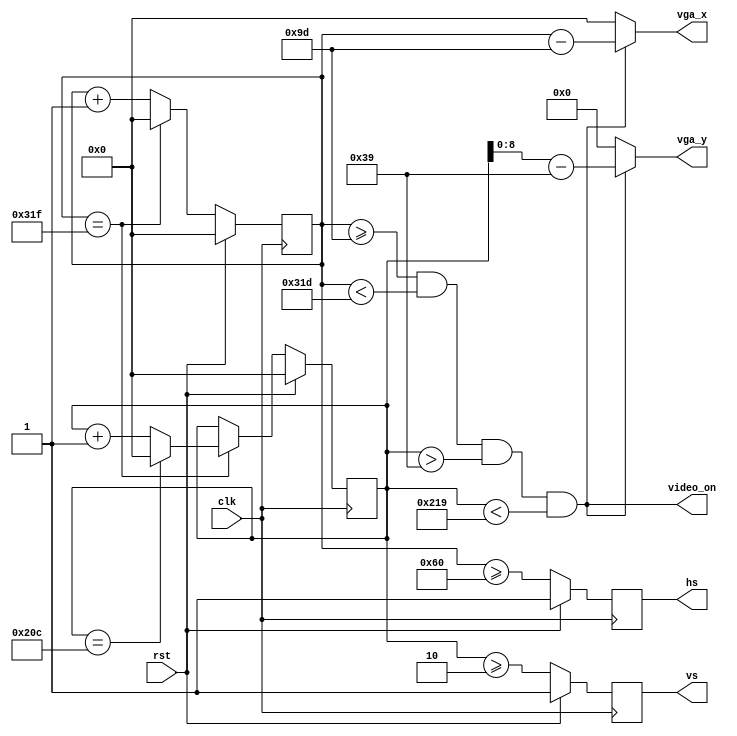
module VgaController(
    input wire clk,
    input wire rst,
    output wire [9:0] vga_x,
    output wire [8:0] vga_y,
    output reg hs,
    output reg vs,
    output wire video_on
);
    
    reg [9:0] h_count;
    reg [9:0] v_count;

    initial begin
        h_count <= 10'b0;
        v_count <= 10'b0;
    end

    always @(posedge clk) begin
        if (rst) begin
            h_count <= 10'b0;
        end else if (h_count == 10'd799) begin
            h_count <= 10'b0;
        end else begin
            h_count <= h_count + 1;
        end
    end
    always @(posedge clk) begin
        if (rst) begin
            v_count <= 10'b0;
        end else if (h_count == 10'd799) begin
            if (v_count == 10'd524) begin
                v_count <= 10'b0;
            end else begin
                v_count <= v_count + 1;
            end
        end
    end

    localparam HS_1 = 96;
    localparam VS_1 = 2;
    localparam HS_2 = 157;
    localparam VS_2 = 57;
    localparam WIDTH = 640;
    localparam HEIGHT = 480;

    wire h_sync, v_sync;
    assign h_sync = (h_count >= HS_1);
    assign v_sync = (v_count >= VS_1);
    assign video_on = (h_count >= HS_2)
                   && (h_count < HS_2 + WIDTH)
                   && (v_count > VS_2)
                   && (v_count < VS_2 + HEIGHT);

    assign vga_x = video_on ? h_count - HS_2 : 10'd0;
    assign vga_y = video_on ? v_count - VS_2 : 9'd0;
    
    always @(posedge clk) begin
        if (rst) begin
            hs <= 1;
            vs <= 1;
        end else begin
            hs <= h_sync;
            vs <= v_sync;
        end
    end

endmodule